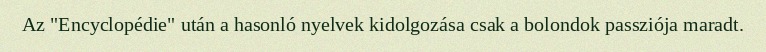
Az "Encyclopédie" után a hasonló nyelvek kidolgozása csak a bolondok passziója maradt.